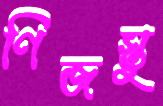
ণিজস্তু